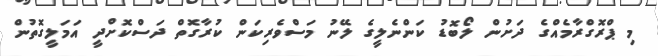
މި ޕްރޮގްރާމެއްގެ ދަށުން ލޯބޮޑު ކަންނެލީގެ ލޭނު މަސްވެރިކަން ކުރާގޮތް ދަސްކޮށްދީ އަމަލީގޮތުން